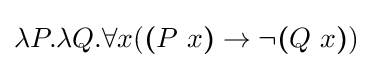
\lambda P.\lambda Q.\forall x({\boldsymbol {(}}P\ x{\boldsymbol {)}}\rightarrow \neg {\boldsymbol {(}}Q\ x{\boldsymbol {)}})